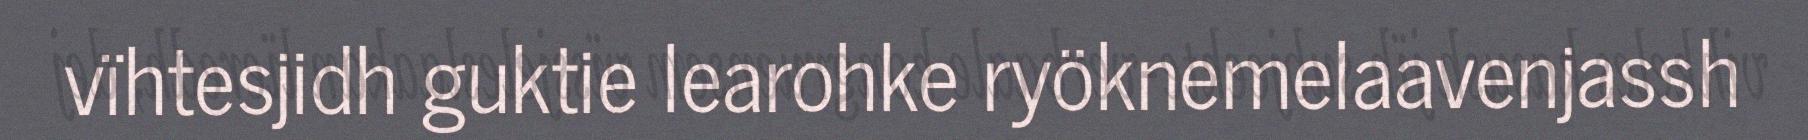
vïhtesjidh guktie learohke ryöknemelaavenjassh